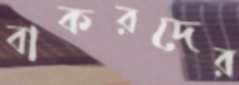
বাকরদের